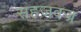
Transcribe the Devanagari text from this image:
सहजवज्र